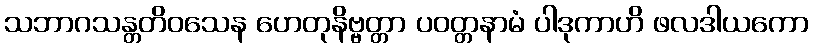
သဘာဂသန္တတိဝသေန ဟေတုနိဗ္ဗတ္တာ ပဝတ္တနာမံ ပါဒုကာဟိ ဖလဒါယကော